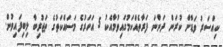
ކިއްސަރު ވަޑާން ކުރަން ދަންނަ ފަރާތެއްކަމުގައިވުމާއެކު 5 އަހަރުގެ މަސައްކަތުގެ ތަޖުރިބާ ލިބިފައިވުން.